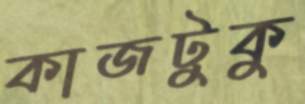
কাজটুকু